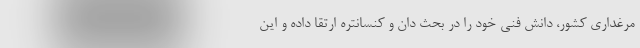
مرغداری کشور، دانش فنی خود را در بحث دان و کنسانتره ارتقا داده و این